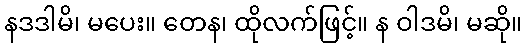
နဒဒါမိ၊ မပေး။ တေန၊ ထိုလက်ဖြင့်။ န ဝါဒမိ၊ မဆို။